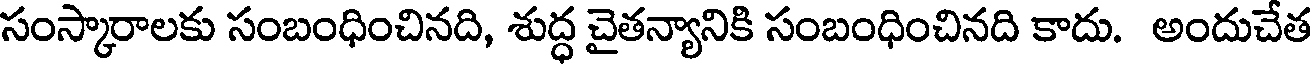
సంస్కారాలకు సంబంధించినది, శుద్ధ చైతన్యానికి సంబంధించినది కాదు. అందుచేత